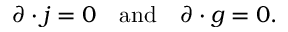
\partial \cdot j = 0 \, \, \, \, \, \, \mathrm { a n d } \, \, \, \, \, \, \partial \cdot g = 0 .